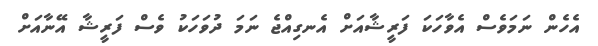
އެހެން ނަމަވެސް އެވާހަކަ ފަރީޝާއަށް އެނގިއްޖެ ނަމަ ދުވަހަކު ވެސް ފަރީޝާ އޭނާއަށް